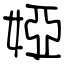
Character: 婭